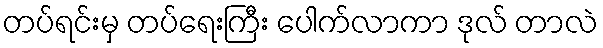
တပ်ရင်းမှ တပ်ရေးကြီး ပေါက်လာကာ ဒုလ် တာလဲ